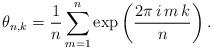
LaTeX: \begin{align*}\theta _{n,k}=\frac{1}{n}\sum_{m=1}^{n}\exp \left( \frac{2\pi \,i\,m\,k}{n}\right) . \end{align*}